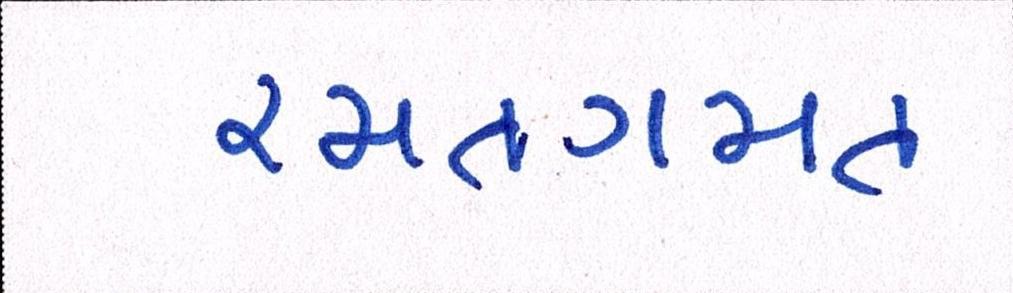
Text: રમતગમત